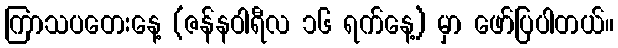
ကြာသပတေးနေ့ (ဇန်နဝါရီလ ၁၆ ရက်နေ့) မှာ ဖော်ပြပါတယ်။